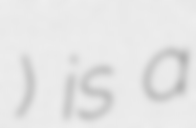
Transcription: Трухино) is a